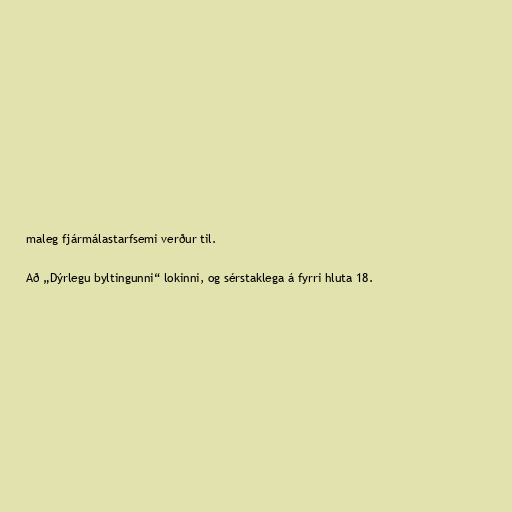
maleg fjármálastarfsemi verður til.

Að „Dýrlegu byltingunni“ lokinni, og sérstaklega á fyrri hluta 18.